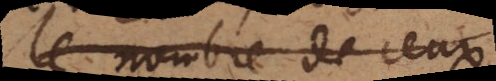
le nombre de ceux